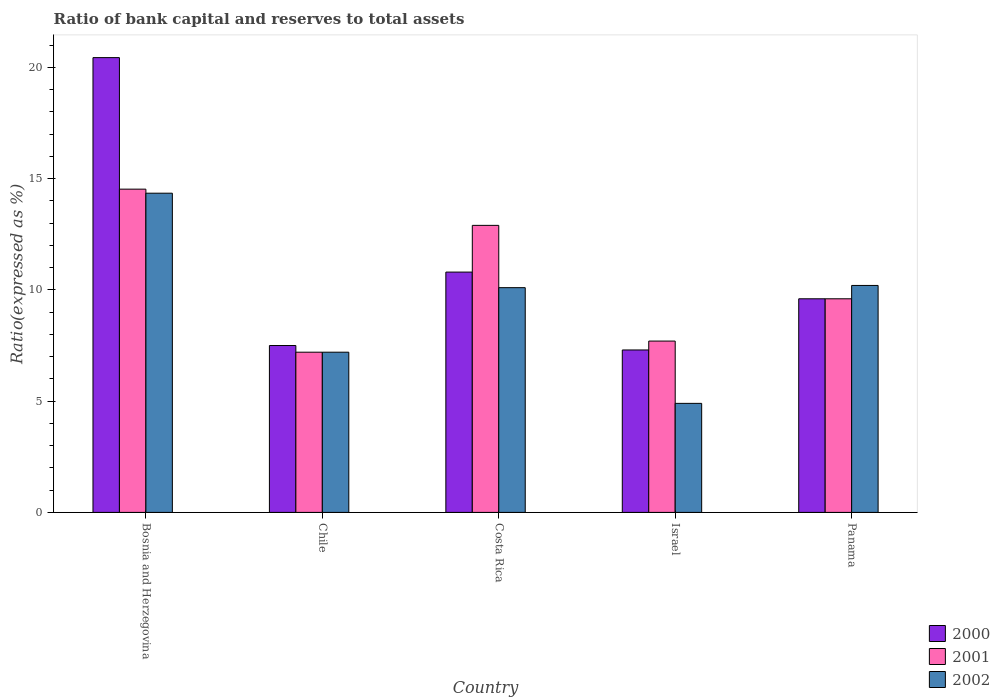
| Country | 2000 | 2001 | 2002 |
 | --- | --- | --- | --- |
 | Bosnia and Herzegovina | 20.4 | 14.5 | 14.3 |
 | Chile | 7.5 | 7.2 | 7.2 |
 | Costa Rica | 10.8 | 12.9 | 10.1 |
 | Israel | 7.3 | 7.7 | 4.9 |
 | Panama | 9.6 | 9.6 | 10.2 |